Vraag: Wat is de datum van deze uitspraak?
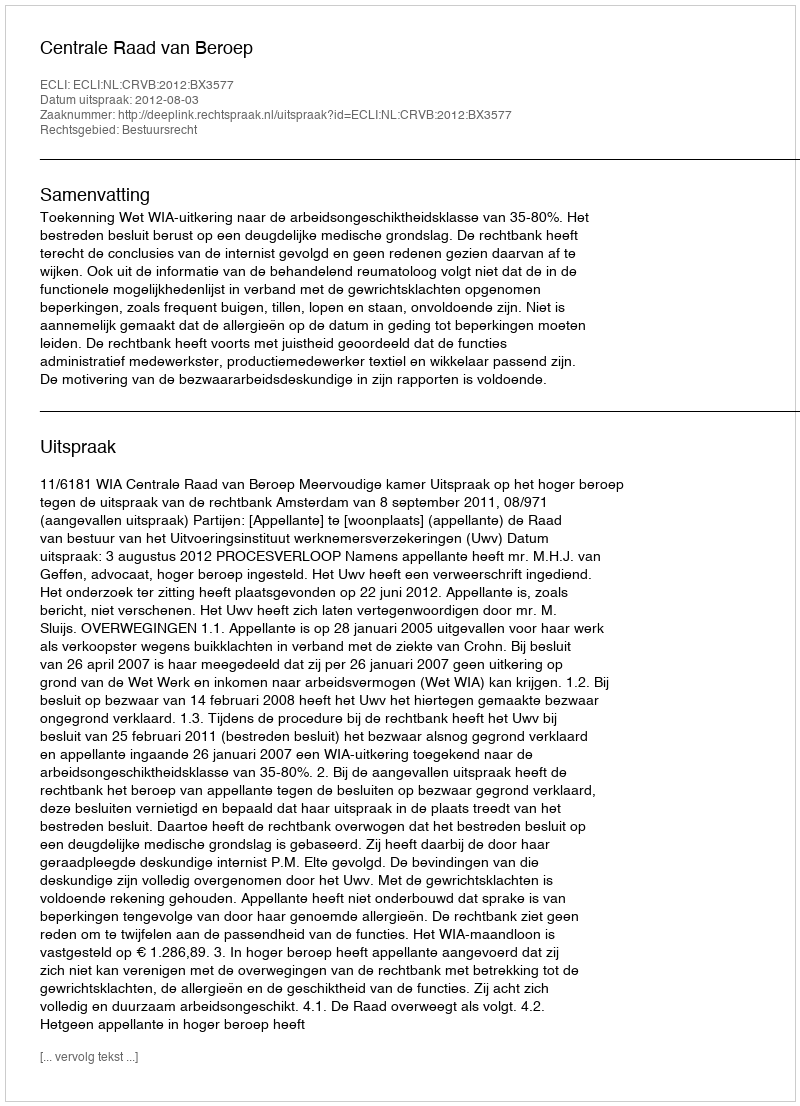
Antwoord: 2012-08-03